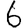
Digit: 6